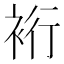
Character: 裄